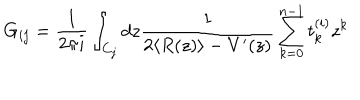
LaTeX: G _ { i j } = \frac { 1 } { 2 \pi i } \int _ { C _ { j } } d z \frac { 1 } { 2 \langle R ( z ) \rangle - V ^ { \prime } ( z ) } \sum _ { k = 0 } ^ { n - 1 } t _ { k } ^ { ( i ) } z ^ { k }